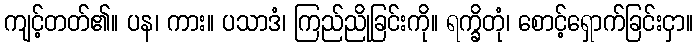
ကျင့်တတ်၏။ ပန၊ ကား။ ပသာဒံ၊ ကြည်ညိုခြင်းကို။ ရက္ခိတုံ၊ စောင့်ရှောက်ခြင်းငှာ။